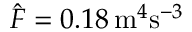
\hat { F } = 0 . 1 8 \, \mathrm { m } ^ { 4 } \mathrm { s } ^ { - 3 }